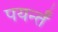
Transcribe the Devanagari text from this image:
पयर्न्तं